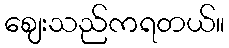
ဈေးသည်ကရတယ်။